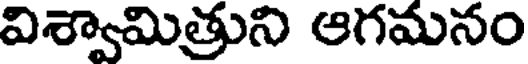
విశ్వామిత్రుని ఆగమనం